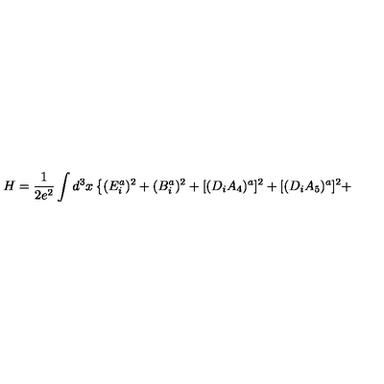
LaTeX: H = \frac { 1 } { 2 e ^ { 2 } } \int d ^ { 3 } x \left\{ ( E _ { i } ^ { a } ) ^ { 2 } + ( B _ { i } ^ { a } ) ^ { 2 } + [ ( D _ { i } A _ { 4 } ) ^ { a } ] ^ { 2 } + [ ( D _ { i } A _ { 5 } ) ^ { a } ] ^ { 2 } + \right.